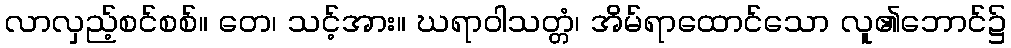
လာလှည့်စင်စစ်။ တေ၊ သင့်အား။ ဃရာဝါသတ္တံ၊ အိမ်ရာထောင်သော လူ၏ဘောင်၌